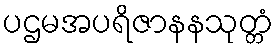
ပဌမအပရိဇာနနသုတ္တံ